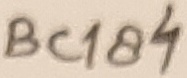
Text: BC184